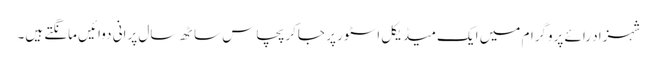
شہزاد رائے پروگرام میں ایک میڈیکل اسٹور پر جاکر پچاس ساٹھ سال پرانی دوائیں مانگتے ہیں۔